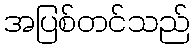
အပြစ်တင်သည်